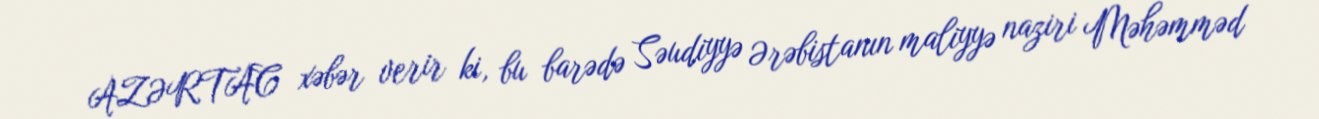
AZƏRTAC xəbər verir ki, bu barədə Səudiyyə Ərəbistanın maliyyə naziri Məhəmməd